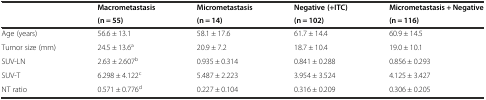
|  | Macrometastasis | Micrometastasis | Negative (+ITC) | Micrometastasis + Negative |
 |  | (n = 55) | (n = 14) | (n = 102) | (n = 116) |
 | --- | --- | --- | --- | --- |
 | Age (years) | 56.6 ± 13.1 | 58.1 ± 17.6 | 61.7 ± 14.4 | 60.9 ± 14.5 |
 | Tumor size (mm) | 24.5 ± 13.6a | 20.9 ± 7.2 | 18.7 ± 10.4 | 19.0 ± 10.1 |
 | SUV-LN | 2.63 ± 2.607b | 0.935 ± 0.314 | 0.841 ± 0.288 | 0.856 ± 0.293 |
 | SUV-T | 6.298 ± 4.122c | 5.487 ± 2.223 | 3.954 ± 3.524 | 4.125 ± 3.427 |
 | NT ratio | 0.571 ± 0.776d | 0.227 ± 0.104 | 0.316 ± 0.209 | 0.306 ± 0.205 |